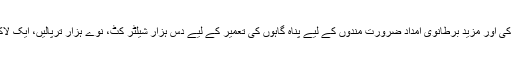
ہم نے موسمِ برسات کے لیے مضبوط اور محفوظ پناہ گاہوں کی تعمیر میں مدد فراہم کی اور مزید برطانوی امداد ضرورت مندوں کے لیے پناہ گاہوں کی تعمیر کے لیے دس ہزار شیلٹر کٹ، نوّے ہزار ترپالیں، ایک لاکھ کمبل اور زمین پر بچھانے کے لیے ایک لاکھ دریوں کی دستیابی یقینی بنائے گی۔